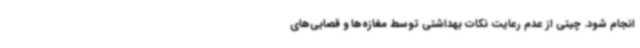
انجام شود. چیتی از عدم رعایت نکات بهداشتی توسط مغازه‌ها و قصابی‌های